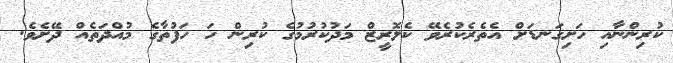
ކުރިންނާއި ހަށިގަނޑަށް އެތެރެކުރެވޭ ކެލޮރީޒް މަދުކުރުމުގެ ކުރިން ހަ ހަފުތާގެ މުއްދަތެއް ދޭށެވެ.